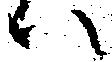
ハ